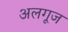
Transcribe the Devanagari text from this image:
अलगूज